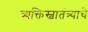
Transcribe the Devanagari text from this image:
व्यक्तिस्वातंत्र्याचे